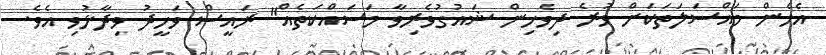
އެހެން މައްސަލަތަކަށް ވުރެ ދިވެހިން ޝައުގުވެރިވާ މަސައްކަތެއް" ރައީސް ވަހީދު ވިދާޅުވި އެވެ.